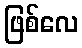
ဖြစ်လေ